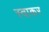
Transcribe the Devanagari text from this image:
स्वाकर